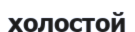
холостой